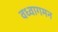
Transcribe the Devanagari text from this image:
वध्वागमन